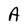
Character: A